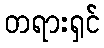
တရားရှင်